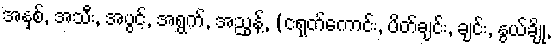
အနှစ်, အသီး, အပွင့်, အရွက်, အညွန့်, (ငရုတ်ကောင်း, ပိတ်ချင်း, ချင်း, နွယ်ချို,